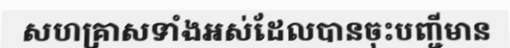
សហគ្រាសទាំងអស់ដែលបានចុះបញ្ជីមាន